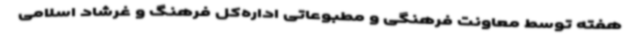
هفته توسط معاونت فرهنگی و مطبوعاتی اداره‌کل فرهنگ و غرشاد اسلامی